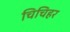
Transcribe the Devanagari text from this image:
चिचिहर